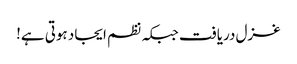
غزل دریافت جبکہ نظم ایجاد ہوتی ہے!